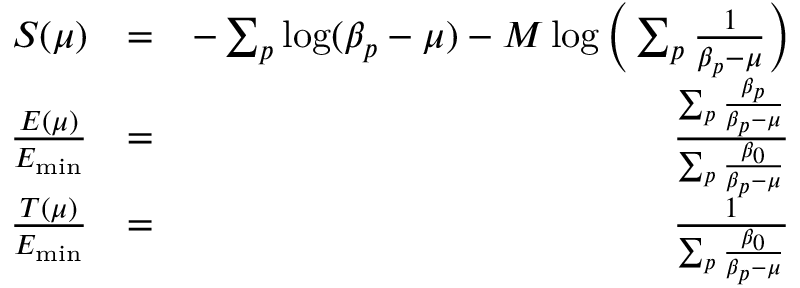
\begin{array} { r l r } { { S } ( \mu ) } & { = } & { - \sum _ { p } \log ( \beta _ { p } - \mu ) - M \log \Big ( \sum _ { p } \frac { 1 } { \beta _ { p } - \mu } \Big ) } \\ { \frac { E ( \mu ) } { E _ { \mathrm { m i n } } } } & { = } & { \frac { \sum _ { p } \frac { \beta _ { p } } { \beta _ { p } - \mu } } { \sum _ { p } \frac { \beta _ { 0 } } { \beta _ { p } - \mu } } } \\ { \frac { T ( \mu ) } { E _ { \mathrm { m i n } } } } & { = } & { \frac { 1 } { \sum _ { p } \frac { \beta _ { 0 } } { \beta _ { p } - \mu } } } \end{array}